Medical and sanitary report of the native army of Bengal for the year
Year: 1876
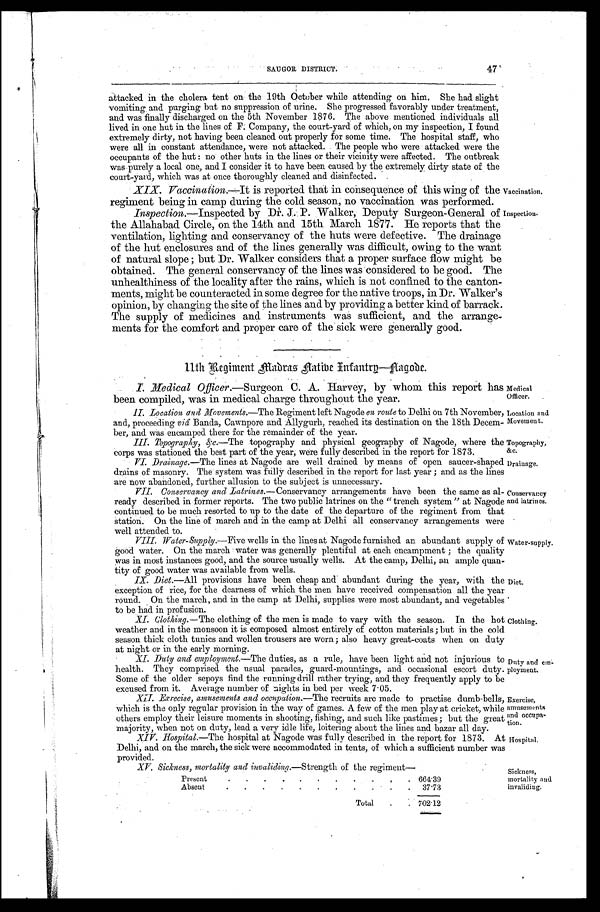
Medical
Officer.
Location and
Movement.
Topography,
&c.
Drainage.
Conservancy
ind latrines.
Exercise,
amusements
and occupa
-
tion.
Hospital.
47
SAUGOR DISTRICT.
attacked in the cholera tent on the 19th October while attending on him. She had slight
vomiting and purging but no suppression of urine. She progressed favorably under treatment,
and was finally discharged on the 5th November 1876. The above mentioned individuals all
lived in one hut in the lines of F. Company, the court-yard of which, on my inspection, I found
extremely dirty, not having been cleaned out properly for some time. The hospital staff, who
were all in constant attendance, were not attacked. The people who were attacked were the
occupants of the hut: no other huts in the lines or their vicinity were affected. The outbreak
was purely a local one, and I consider it to have been caused by the extremely dirty state of the
court-yard, which was at once thoroughly cleaned and disinfected.
XIX. Vaccination.— It is reported that in consequence of this wing of the
regiment being in camp during the cold season, no vaccination was performed.
Vaccination.
Inspection. —Inspected by Dr. J. P. Walker, Deputy Surgeon-General of
the Allahabad Circle, on the 14th and 15th March 1877. He reports that the
ventilation, lighting and. conservancy of the huts were defective. The drainage
of the hut enclosures and of the lines generally was difficult, owing to the want
of natural slope; but Dr. Walker considers that a proper surface flow might be
obtained. The general conservancy of the lines was considered to be good. The
unhealthiness of the locality after the rains, which is not confined to the canton
-
ments, might be counteracted in some degree for the native troops, in Dr. Walker's
opinion, by changing the site of the lines and by providing a better kind of barrack.
The supply of medicines and instruments was sufficient, and the arrange
-
ments for the comfort and proper care of the sick were generally good.
Inspection.
11th Regiment Madras Aatibe Infantrg—Aagode.
I. Medical Officer.—Surgeon C. A. Harvey, by whom this report has
been compiled, was in medical charge throughout the year.
II. Location and Movements.— The Regiment left Nagode en route to Delhi on 7th November,
and, proceeding viâ Banda, Cawnpore and Allygurh, reached its destination on the 18th. Decem
-
ber, and was encamped there for the remainder of the year.
III. Topography, &c.—The topography and physical geography of Nagode, where the
corps was stationed the best part of the year, were fully described in the report for 1873.
VI. Drainage.—The lines at Nagode are well drained by means or open saucer-shaped
drains of masonry. The system was fully described in the report for last year; and as the lines
are now abandoned, further allusion to the subject is unnecessary.
VII. Conservancy and Latrines.— Conservancy arrangements have been the same as al-
ready described in former reports. The two public latrines on the " trench system " at Nagode
continued to be much resorted to up to the date of the departure of the regiment from that
station. On the line of march and in the camp at Delhi all conservancy arrangements were
well attended to.
VIII. Water-Supply.— Five wells in the lines at Nagode furnished an abundant supply of
good water. On the march water was generally plentiful at each encampment; the quality
was in most instances good, and the source usually wells. At the camp, Delhi, an ample quan-
tity of good water was available from wells.
Diet.—All provisions have been cheap and abundant during the year, with the
exception of rice, for the dearness of which the men have received compensation all the year
On the march, and in the camp at Delhi, supplies were most abundant, and vegetables
to be had in profusion.
XI. Clothing.— The clothing of the men is made to vary with the season. In the hot
weather and in the monsoon it is composed almost entirely of cotton materials; but in the cold
season thick cloth tunics and wollen trousers are worn; also heavy great-coats when on duty
at night or in the early morning.
XI. Duty and employment.—The duties, as a rule, have been light and not injurious to
health. They comprised the usual parades, guard-mountings, and occasional escort duty.
Some of the older sepoys find the running drill rather trying, and they frequently apply to be
excused from it. Average number of nights in bed per week 7.05.
Water-supply.
Diet.
Clothing.
Duty and
ployment.
XII Exrecise, amusements and occupation.— The recruits are made to practise dumb-bells,
Which is the only regular provision in the way of games. A few of the men play at cricket, while
others employ their leisure moments in shooting, fishing, and such like pastimes; but the great
majority, when not on duty, lead a very idle life, loitering about the lines and bazar all day.
XIV. Hospital.—The hospital at Nagode was fully described in the report for 1873. At
Delhi, and on the march, the sick were accommodated in tents, of which a sufficient number was
Provided.
XV. Sickness, mortality and invaliding.— Strength of the regiment—
Present . . .
664.39
Absent . . .
37.73
Total . . .
702.12
Sickness,
mortality and
invaliding.